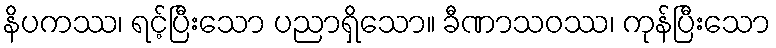
နိပကဿ၊ ရင့်ပြီးသော ပညာရှိသော။ ခီဏာသဝဿ၊ ကုန်ပြီးသော